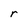
Character: r